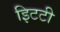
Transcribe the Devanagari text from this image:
इिटटी